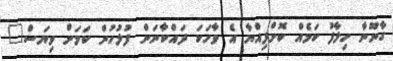
ގާނޫނާ ހިލާފު ކަމެއް ކޮށްފިއްޔާ އެ ވާހަކަ ދައްކާނަން ފުލުހުން ކަމަށް ވިޔަސް"